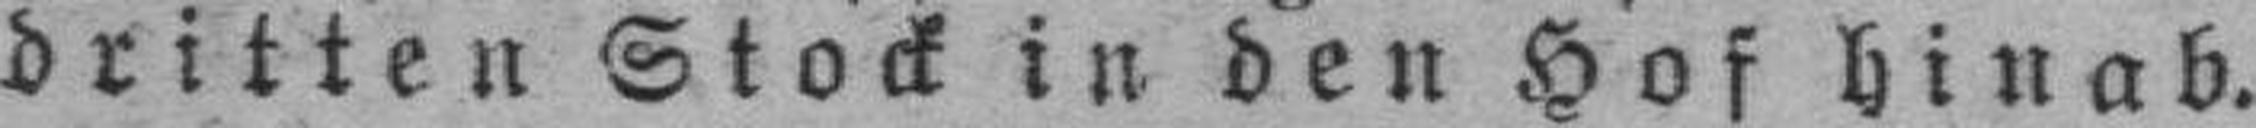
dritten Stock in den Hof hinab.